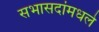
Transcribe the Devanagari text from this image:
सभासदांमधले